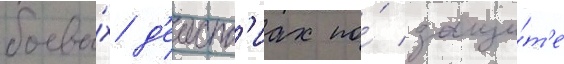
боевы́х д'еиств'иах по́ защи́т'е